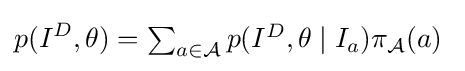
p(I^{D},\theta )=\textstyle \sum _{a\in {\mathcal {A}}}p(I^{D},\theta \mid I_{a})\pi _{\mathcal {A}}(a)\